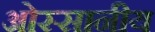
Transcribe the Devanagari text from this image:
ओस्सानीय